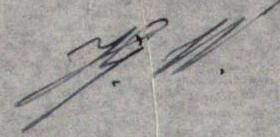
J.W.